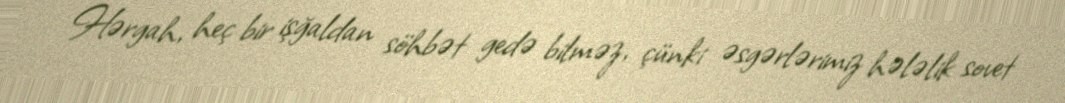
Hərgah, heç bir işğaldan söhbət gedə bilməz, çünki əsgərlərimiz hələlik sovet